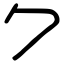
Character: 𠂊